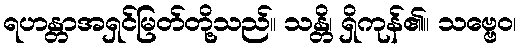
ရဟန္တာအရှင်မြတ်တို့သည်။ သန္တိ၊ ရှိကုန်၏။ သဗ္ဗေဝ၊